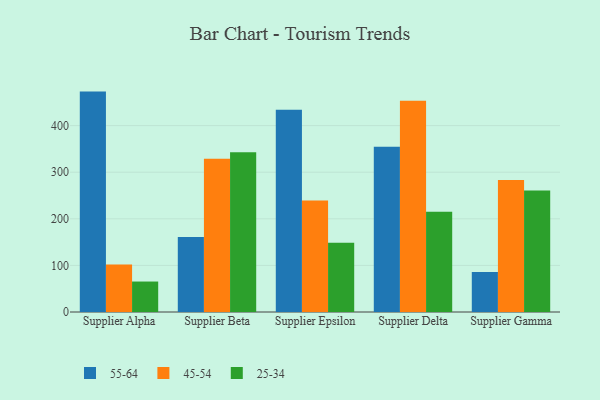
{"axis": {"x": "Supplier", "y": "Tickets Resolved"}, "legend": ["25-34", "45-54", "55-64"], "data": [{"x": "Supplier Alpha", "y": 473.0, "type": "55-64"}, {"x": "Supplier Alpha", "y": 101.7, "type": "45-54"}, {"x": "Supplier Alpha", "y": 65.4, "type": "25-34"}, {"x": "Supplier Beta", "y": 160.8, "type": "55-64"}, {"x": "Supplier Beta", "y": 328.9, "type": "45-54"}, {"x": "Supplier Beta", "y": 342.9, "type": "25-34"}, {"x": "Supplier Epsilon", "y": 434.3, "type": "55-64"}, {"x": "Supplier Epsilon", "y": 239.2, "type": "45-54"}, {"x": "Supplier Epsilon", "y": 148.4, "type": "25-34"}, {"x": "Supplier Delta", "y": 354.8, "type": "55-64"}, {"x": "Supplier Delta", "y": 453.3, "type": "45-54"}, {"x": "Supplier Delta", "y": 215.3, "type": "25-34"}, {"x": "Supplier Gamma", "y": 85.8, "type": "55-64"}, {"x": "Supplier Gamma", "y": 283.5, "type": "45-54"}, {"x": "Supplier Gamma", "y": 260.8, "type": "25-34"}]}